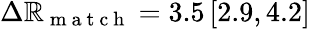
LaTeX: \Delta\mathbb{R}_{\mathrm{{~m~a~t~c~h~}}}=3.5\, [2.9,4.2]